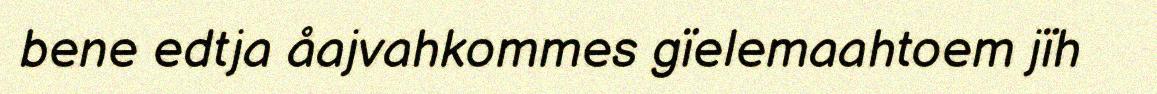
bene edtja åajvahkommes gïelemaahtoem jïh